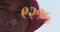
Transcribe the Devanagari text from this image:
९२१५